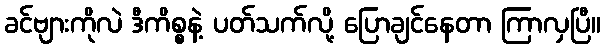
ခင်ဗျားကိုလဲ ဒီကိစ္စနဲ့ ပတ်သက်လို့ ပြောချင်နေတာ ကြာလှပြီ။